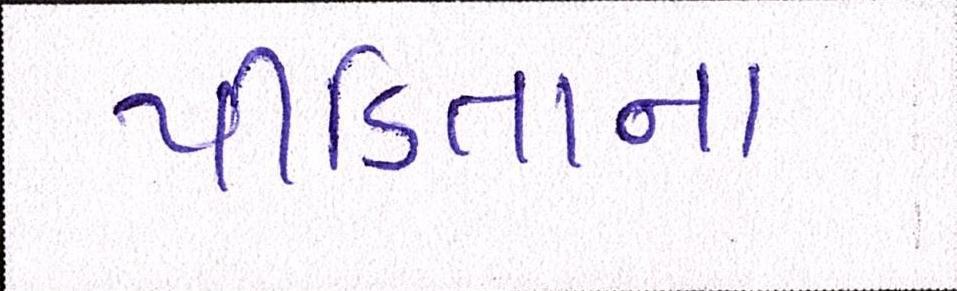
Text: પીડિતાના